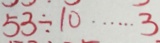
5 3 \div 1 0 \cdots 3